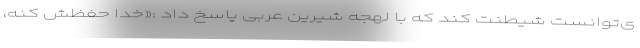
ی‌توانست شیطنت کند که با لهجه شیرین عربی پاسخ داد :«خدا حفظش کنه،